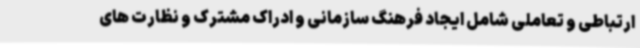
ارتباطی و تعاملی شامل ایجاد فرهنگ سازمانی و ادراک مشترک و نظارت های